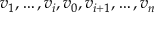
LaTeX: v _ { 1 } , \ldots , v _ { i } , v _ { 0 } , v _ { i + 1 } , \ldots , v _ { n }